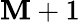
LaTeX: \mathbf{M}+1